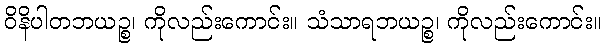
ဝိနိပါတဘယဉ္စ၊ ကိုလည်းကောင်း။ သံသာရဘယဉ္စ၊ ကိုလည်းကောင်း။